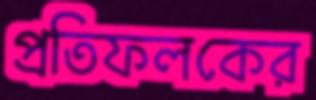
প্রতিফলকের